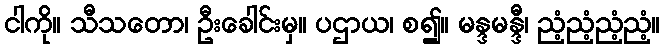
ငါကို။ သီသတော၊ ဦးခေါင်းမှ။ ပဌာယ၊ စ၍။ မန္ဒမန္ဒီ၊ ညံ့ညံ့ညံ့ညံ့။